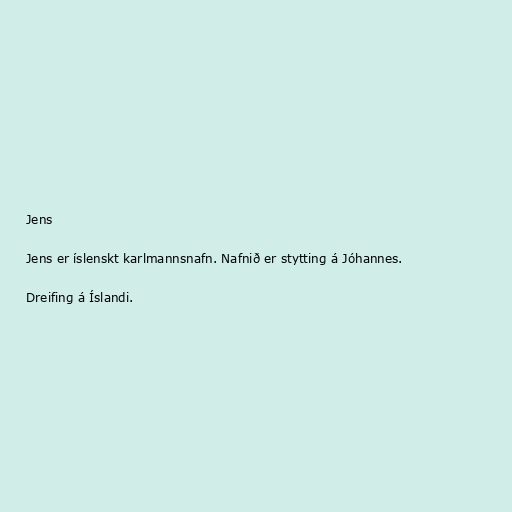
Jens

Jens er íslenskt karlmannsnafn. Nafnið er stytting á Jóhannes.

Dreifing á Íslandi.